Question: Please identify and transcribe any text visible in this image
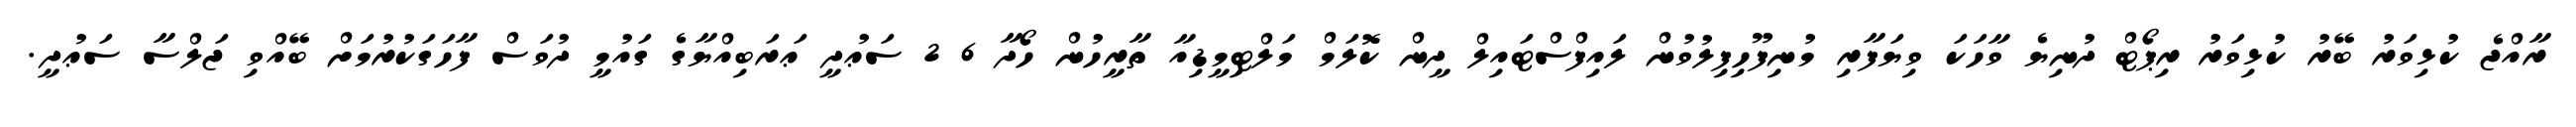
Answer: ރާއްޖެ ކުޅިވަރު ބޭރު ކުޅިވަރު ރިޕޯޓް ދުނިޔެ ވާހަކަ ވިޔަފާރި މުނިފޫހިފިލުވުން ލައިފްސްޓައިލް ދީން ކޮލަމް މަލްޓިމީޑިއާ ތާރީހުން ހޯދާ 6 2 ސަޢުދީ ޢަރަބިއްޔާގެ ގައުމީ ދުވަސް ފާހަގަކުރުމަށް ބޭއްވި ޖަލްސާ ސަޢުދީ.